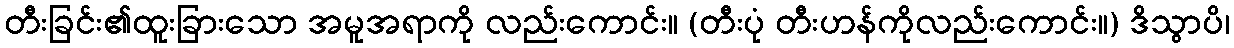
တီးခြင်း၏ထူးခြားသော အမူအရာကို လည်းကောင်း။ (တီးပုံ တီးဟန်ကိုလည်းကောင်း။) ဒိသွာပိ၊